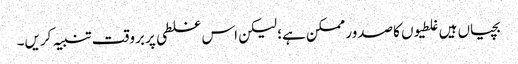
بچیاں ہیں غلطیوں کاصدور ممکن ہے؛ لیکن اس غلطی پر بروقت تنبیہ کریں۔